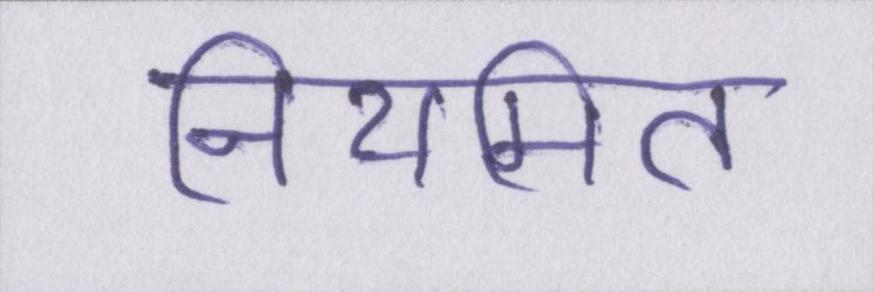
नियमित